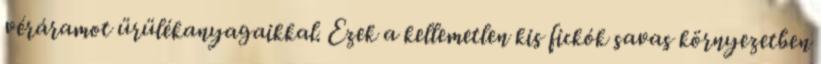
véráramot ürülékanyagaikkal. Ezek a kellemetlen kis fickók savas környezetben